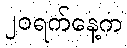
၂၀ရက်နေ့က